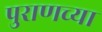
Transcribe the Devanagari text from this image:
पुराणच्या